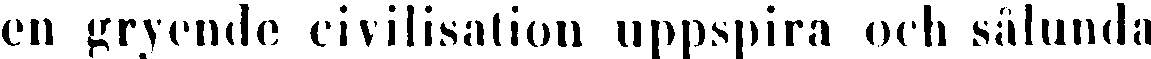
en gryende civilisation uppspira och sålunda